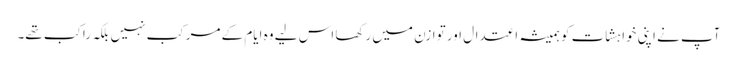
آپ نے اپنی خواہشات کو ہمیشہ اعتدال اور توازن میں رکھا اس لیے وہ ایام کے مرکب نہیں بلکہ راکب تھے۔